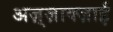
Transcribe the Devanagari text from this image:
अज़्ज़ाक्ज़ाई